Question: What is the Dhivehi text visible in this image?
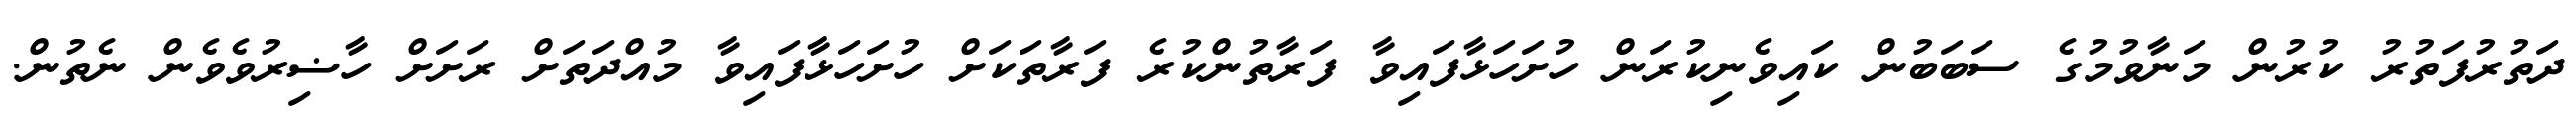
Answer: ދަތުރުފަތުރު ކުރުން މަނާވުމުގެ ސަބަބުން ކައިވެނިކުރަން ހުށަހަޅާފައިވާ ފަރާތުންކުރެ ފަރާތަކަށް ހުށަހަޅާފައިވާ މުއްދަތަށް ރަށަށް ހާޟިރުވެވެން ނެތުން.